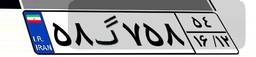
۵۸گ۷۵۸۵۴